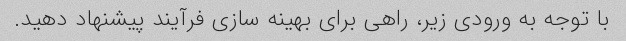
با توجه به ورودی زیر، راهی برای بهینه سازی فرآیند پیشنهاد دهید.